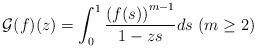
LaTeX: \begin{align*}\mathcal{G}(f)(z)=\int^1_0\frac{\left(f(s)\right)^{m-1}}{1-zs} ds\ (m\geq2)\end{align*}